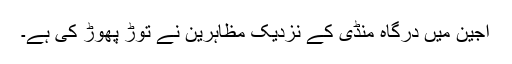
اجین میں درگاہ منڈی کے نزدیک مظاہرین نے توڑ پھوڑ کی ہے۔